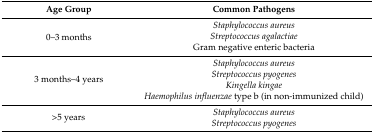
| Age Group | Common Pathogens |
 | --- | --- |
 | <ROWSPAN=3> 0–3 months | Staphylococcus aureus |
 | Streptococcus agalactiae |
 | Gram negative enteric bacteria |
 | <ROWSPAN=4> 3 months–4 years | Staphylococcus aureus |
 | Streptococcus pyogenes |
 | Kingella kingae |
 | Haemophilus influenzae type b (in non-immunized child) |
 | <ROWSPAN=2> >5 years | Staphylococcus aureus |
 | Streptococcus pyogenes |